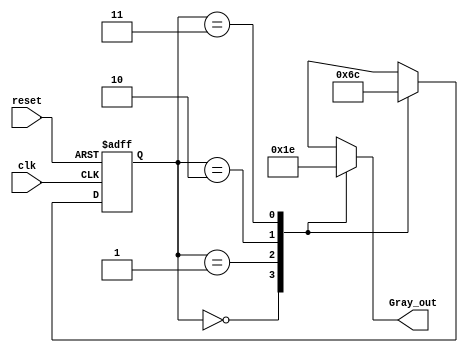
module gray_code_generator (
    input wire clk,          // Clock signal
    input wire reset,        // Asynchronous reset signal
    output reg [1:0] Gray_out // 2-bit Gray code output
);

// State encoding
localparam S0 = 2'b00; // State 0
localparam S1 = 2'b01; // State 1
localparam S2 = 2'b10; // State 2
localparam S3 = 2'b11; // State 3

// Current state and next state registers
reg [1:0] current_state, next_state;

// State transition logic
always @ (posedge clk or posedge reset) begin
    if (reset) begin
        current_state <= S0; // Reset to state S0
    end else begin
        current_state <= next_state; // Move to next state
    end
end

// Next state logic
always @ (*) begin
    case (current_state)
        S0: next_state = S1; // S0 -> S1
        S1: next_state = S2; // S1 -> S2
        S2: next_state = S3; // S2 -> S3
        S3: next_state = S0; // S3 -> S0
        default: next_state = S0; // Default case
    endcase
end

// Output logic (Moore machine)
always @ (current_state) begin
    case (current_state)
        S0: Gray_out = 2'b00; // Output for S0
        S1: Gray_out = 2'b01; // Output for S1
        S2: Gray_out = 2'b11; // Output for S2
        S3: Gray_out = 2'b10; // Output for S3
        default: Gray_out = 2'b00; // Default case
    endcase
end

endmodule